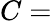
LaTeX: C=